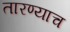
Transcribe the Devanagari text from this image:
तारण्याच